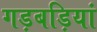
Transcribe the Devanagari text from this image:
गड़बड़ियां